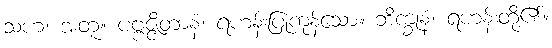
သဟ၊ အတူ။ ပဗ္ဗဇ္ဇိတာနံ၊ ရဟန်းပြုကုန်သော။ ဘိက္ခုနံ၊ ရဟန်းတို့၏။